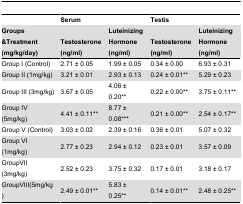
|  | <COLSPAN=2> Serum | <COLSPAN=2> Testis |
 | Groups &Treatment (mg/kg/day) | Testosterone (ng/ml) | Luteinizing Hormone (ng/ml) | Testosterone (ng/ml) | Luteinizing Hormone (ng/ml) |
 | --- | --- | --- | --- | --- |
 | Group I (Control) | 2.71 ± 0.05 | 1.99 ± 0.05 | 0.34 ± 0.00 | 6.93 ± 0.31 |
 | Group II (1mg/kg) | 3.21 ± 0.01 | 2.93 ± 0.13 | 0.24 ± 0.01** | 5.29 ± 0.23 |
 | Group III (3mg/kg) | 3.67 ± 0.05 | 4.06 ± 0.20** | 0.22 ± 0.00** | 3.75 ± 0.11** |
 | Group IV (5mg/kg) | 4.41 ± 0.11** | 8.77 ± 0.08*** | 0.21 ± 0.00** | 2.54 ± 0.17** |
 | Group V (Control) | 3.03 ± 0.02 | 2.39 ± 0.16 | 0.36 ± 0.01 | 5.07 ± 0.32 |
 | Group VI (1mg/kg) | 2.77 ± 0.23 | 2.94 ± 0.12 | 0.23 ± 0.01 | 3.57 ± 0.09 |
 | GroupVII (3mg/kg) | 2.52 ± 0.23 | 3.75 ± 0.32 | 0.17 ± 0.01 | 3.18 ± 0.17 |
 | GroupVIII(5mg/kg) | 2.49 ± 0.01** | 5.83 ± 0.25** | 0.14 ± 0.01** | 2.48 ± 0.25** |